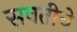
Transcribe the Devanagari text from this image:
सवतीचे